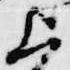
上